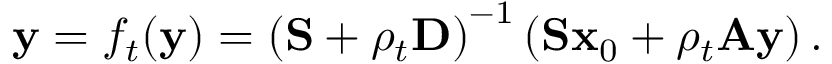
\mathbf { y } = f _ { t } ( \mathbf { y } ) = \left( \mathbf { S } + \rho _ { t } \mathbf { D } \right) ^ { - 1 } \left( \mathbf { S } \mathbf { x } _ { 0 } + \rho _ { t } \mathbf { A } \mathbf { y } \right) .